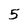
Character: 5